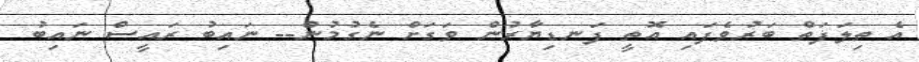
އެ ތިލަފަތް ބަރުވެފައި އޮތީ ފަނޑިޔާރުން ވަގަށް ނެގުމުން-- ނައިބު ރައީސް ނައިބު